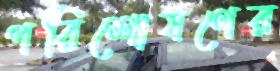
পরিশোষণের